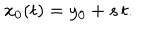
LaTeX: x _ { 0 } ( t ) = y _ { 0 } + s \, t .